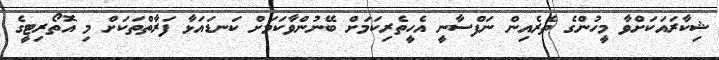
ޝިކާރައަކަށްވާ މީހުންގެ ތެރެއިން ނަފްސާނީ އެހީތެރިކަމަށް ބޭނުންވާކަމަށް ކަނޑައަޅާ ފަރާތްތަކަށް މި އޮތޯރިޓީގެ